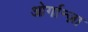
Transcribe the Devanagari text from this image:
ओर्गान्ज़ा